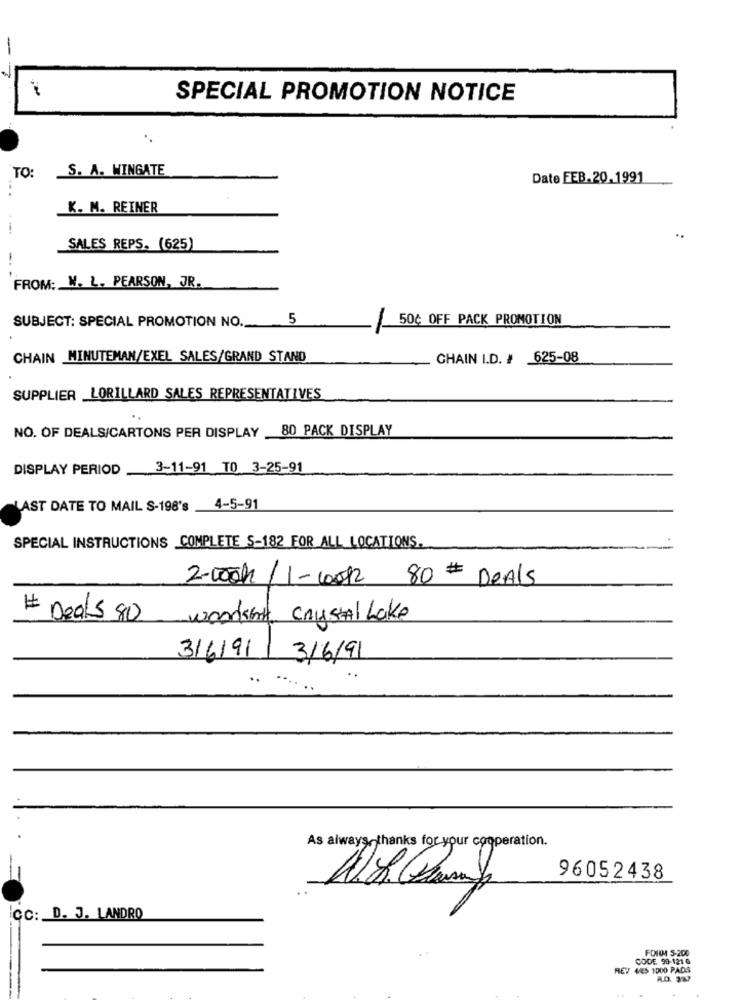
-
SPECIAL PROMOTION NOTICE
S. A. WINGATE
TO:
Date FEB.20.1991
K. M. REINER
SALES REPS. (625)
-- -
FROM: W. L. PEARSON, JR.
SUBJECT: SPECIAL PROMOTION NO.
5
50¢ OFF PACK PROMOTION
CHAIN MINUTEMAN/EXEL SALES/GRAND STAND
CHAIN I.D. # 625-08
SUPPLIER LORILLARD SALES REPRESENTATIVES
NO. OF DEALS/CARTONS PER DISPLAY _80 PACK DISPLAY
DISPLAY PERIOD 3-11-91 TO 3-25-91
LAST DATE TO MAIL S-198's _4-5-91
SPECIAL INSTRUCTIONS COMPLETE S-182 FOR ALL LOCATIONS.
2.000h / 1- 1012 80 # DeAls
# Deals 80 wordsare crystal Lake
3/6/91 3/6/91
As always, thanks for your cooperation.
96052438
CC: D. J. LANDRO
FORM 5-200
CODE 99-121 0
REV 445 1000 PADS